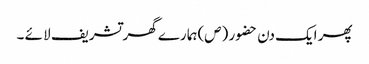
پھر ایک دن حضو ر (ص)ہما رے گھر تشریف لا ئے ۔